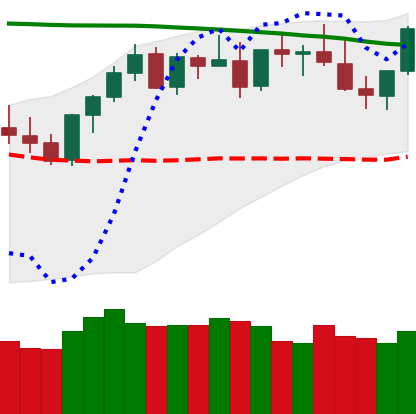
Ticker: XMR-USD
Chart end date: 2021-08-20
Forward return: 11.2%
Label: up_7plus